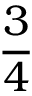
\frac { 3 } { 4 }